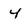
Character: 4